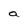
Character: a